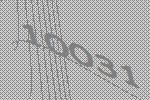
10031